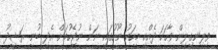
ވިލިނގިލިން ވާހަކަ ދެއްކި މީހަކު ނޫހުގައި ނަން ނުޖެހުމަށް އެދި ބުނީ ރަޝީދު